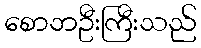
စောဘဦးကြီးသည်